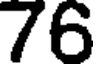
76